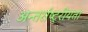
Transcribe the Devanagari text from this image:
अन्तर्राष्ट्रीयता